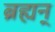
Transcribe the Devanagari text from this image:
ब्रह्यन्‌